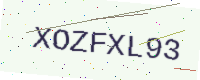
Text: XOZFXL93